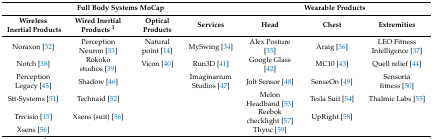
| <COLSPAN=4> Full Body Systems MoCap | <COLSPAN=3> Wearable Products |
 | Wireless Inertial Products | Wired Inertial Products 1 | Optical Products | Services | Head | Chest | Extremities |
 | --- | --- | --- | --- | --- | --- | --- |
 | Noraxon [32] | Perception Neuron [33] | Natural point [14] | MySwing [34] | Alex Posture [35] | Araig [36] | LEO Fitness Intelligence [37] |
 | Notch [38] | Rokoko studios [39] | Vicon [40] | Run3D [41] | Google Glass [42] | MC10 [43] | Quell relief [44] |
 | Perception Legacy [45] | Shadow [46] |  | Imaginarium Studios [47] | Jolt Sensor [48] | SenseOn [49] | Sensoria fitness [50] |
 | Stt-Systems [51] | Technaid [52] |  |  | Melon Headband [53] | Tesla Suit [54] | Thalmic Labs [55] |
 | Trivisio [15] | Xsens (suit) [56] |  |  | Reebok checklight [57] | UpRight [58] |  |
 | Xsens [56] |  |  |  | Thync [59] |  |  |